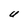
Character: U